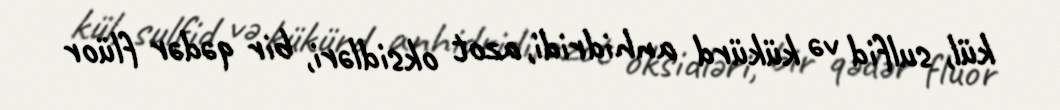
kül, sulfid və kükürd anhidridi, azot oksidləri, bir qədər flüor